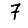
Digit: 7